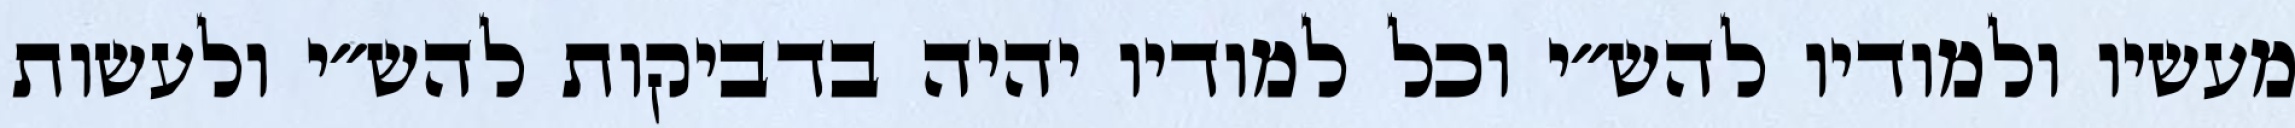
מעשיו ולמודיו להש״י וכל למודיו יהיה בדביקות להש״י ולעשות